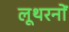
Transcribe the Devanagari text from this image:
लूथरनों